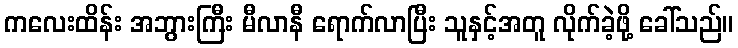
ကလေးထိန်း အဘွားကြီး မီလာနီ ရောက်လာပြီး သူနှင့်အတူ လိုက်ခဲ့ဖို့ ခေါ်သည်။